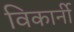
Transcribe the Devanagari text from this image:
विकार्नी